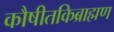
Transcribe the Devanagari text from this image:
कौषीतकिब्राह्मण